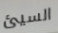
السيئ